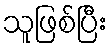
သူဖြစ်ပြီး